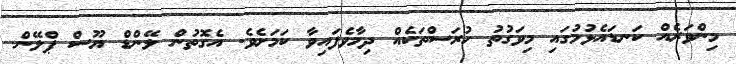
މިންވަރެއް ކަނޑައެޅުމުގައި މިވަގުތު ހުރަސްތަކެއް ދިމާވެފައިވާ ކަމަށެވެ. އެގޮތުން ލޭންޑް ޔޫސް ޕްލޭން